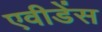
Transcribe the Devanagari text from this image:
एवीडेंस